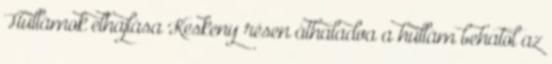
Hullámok elhajlása Keskeny résen áthaladva a hullám behatol az